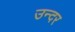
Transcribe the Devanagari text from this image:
उन्दर